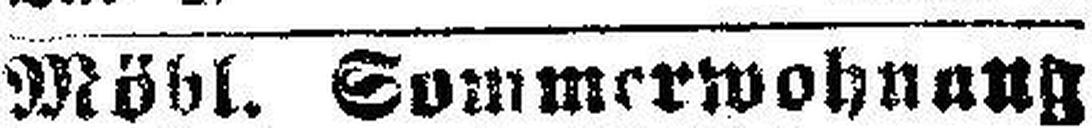
Möbl. Sommerwohnung